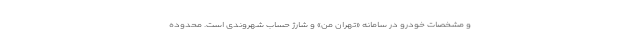
و مشخصات خودرو در سامانه «تهران من» و شارژ حساب شهروندی است. محدوده